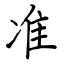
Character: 准